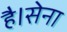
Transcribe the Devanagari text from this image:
है।सेना